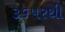
૩૬પરથી